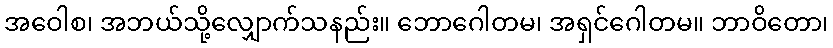
အဝေါစ၊ အဘယ်သို့လျှောက်သနည်း။ ဘောဂေါတမ၊ အရှင်ဂေါတမ။ ဘာဝိတော၊